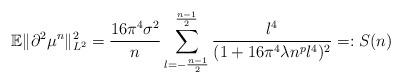
LaTeX: \begin{align*} \mathbb{E}\|\partial^2 \mu^n\|_{L^2}^2 = \frac{16\pi^4\sigma^2}{n} \sum_{l=-\frac{n-1}{2}}^{\frac{n-1}{2}} \frac{l^4}{(1+16\pi^4\lambda n^p l^4)^2} =: S(n)\end{align*}